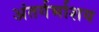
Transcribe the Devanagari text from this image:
अंतर्गर्भाशय